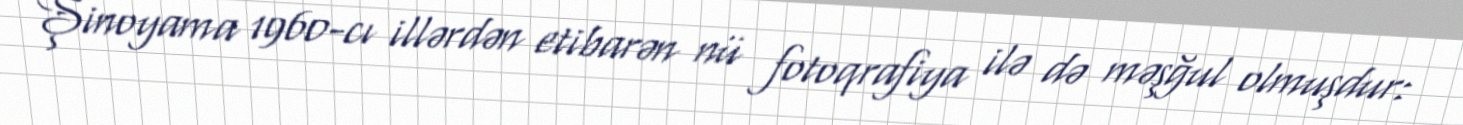
Şinoyama 1960-cı illərdən etibarən nü fotoqrafiya ilə də məşğul olmuşdur: